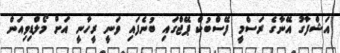
އަޝްފާގު އޭނާގެ ރަަސްމީ ފޭސްބުކް ޕޭޖްގައި ބުނެފައި ވަނީ ރީހާނީ އަށް މޯލްޑިވިއަން